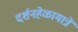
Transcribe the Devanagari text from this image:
दर्शनहेळामात्रें